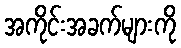
အကိုင်းအခက်များကို